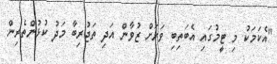
"އެކަމަކު މި ޓީމުގައި އެބަތިބި ވަރަށް ޒުވާން އަދި ތަޖުރިބާ މަދު ކުޅުންތެރިން